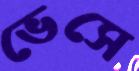
ভেসে